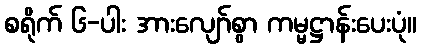
စရိုက် ၆-ပါး အားလျော်စွာ ကမ္မဋ္ဌာန်းပေးပုံ။